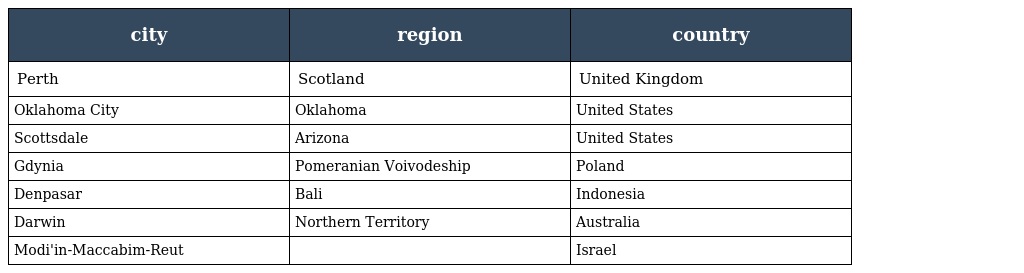
| city | region | country |
 | --- | --- | --- |
 | Perth | Scotland | United Kingdom |
 | Oklahoma City | Oklahoma | United States |
 | Scottsdale | Arizona | United States |
 | Gdynia | Pomeranian Voivodeship | Poland |
 | Denpasar | Bali | Indonesia |
 | Darwin | Northern Territory | Australia |
 | Modi'in-Maccabim-Reut |  | Israel |